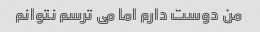
من دوست دارم اما می ترسم نتوانم